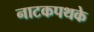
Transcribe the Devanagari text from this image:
नाटकपथके